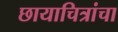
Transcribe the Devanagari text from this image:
छायाचित्रांचा